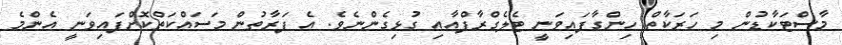
މާސްޓަކާޑުން މި ހަރަކާތް ހިންގާފައިވަނީ ޓެލެގްރާފްއާއި ގުޅިގެންނެވެ. އެ ފަރާތުން މަސައްކަތްކޮށްފައިވަނީ އެންމެ